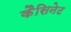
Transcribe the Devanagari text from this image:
कैसिनेट